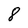
Character: 8